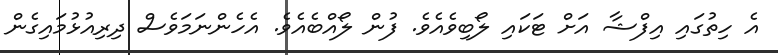
އެ ހިތުގައި އިފްޝާ އަށް ޓަކައި ލޯބިވެއެވެ. ފުން ލޯއްބެއެވެ. އެހެންނަމަވެސް ދިރިއުޅުމައިގެން